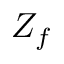
Z _ { f }